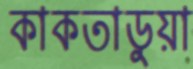
কাকতাডুয়া